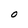
Character: O